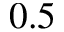
0 . 5